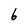
Character: 6